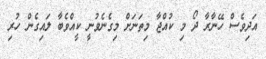
އަދިވެސް ހޭނާރާ ދޯ މި ކުއްޖާ މިތަނަށް މިގެނެވުނީ ކީއްވެބާ ލައިގެން ހުރި